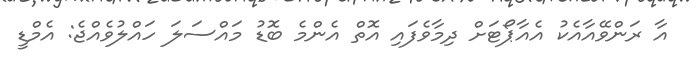
އާ ރަންވޭއާއެކު އެއާޕޯޓަށް ދިމާވެފައި އޮތް އެންމެ ބޮޑު މައްސަލަ ހައްލުވެއްޖެ: އެމްޑީ